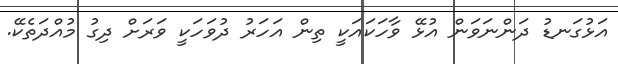
އަޅުގަނޑު ދަންނަވަން އުޅޭ ވާހަކައަކީ ތިން އަހަރު ދުވަހަކީ ވަރަށް ދިގު މުއްދަތެކޭ.